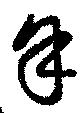
牟